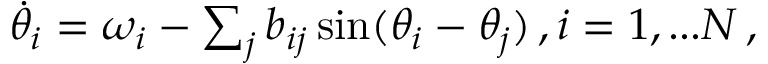
\begin{array} { r } { \dot { \theta } _ { i } = \omega _ { i } - \sum _ { j } b _ { i j } \sin ( \theta _ { i } - \theta _ { j } ) \, , i = 1 , . . . N \, , } \end{array}